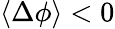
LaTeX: \langle\Delta\phi\rangle<0